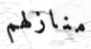
منازلهم